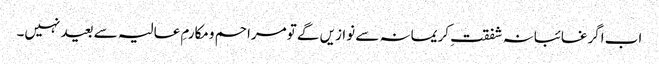
اب اگرغائبانہ شفقتِ کریمانہ سے نوازیں گے تومراحم ومکارمِ عالیہ سے بعید نہیں۔